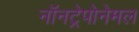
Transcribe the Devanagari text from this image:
नॉनट्रेपोनेमल